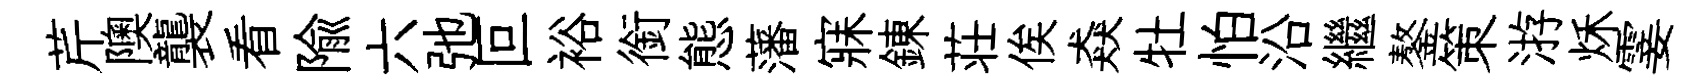
芹隩襲看隃六弛叵裕銜態藩寐錬荘俟猋牡怕沿繼鏊策㳺秌霎